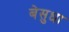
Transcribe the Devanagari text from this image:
बेसुधा